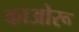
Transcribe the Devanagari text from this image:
काओरू